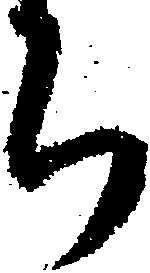
ち